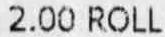
2.00 ROLL